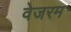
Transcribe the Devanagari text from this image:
वेजरम